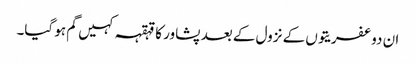
ان دو عفریتوں کے نزول کے بعد پشاور کا قہقہہ کہیں گم ہو گیا۔